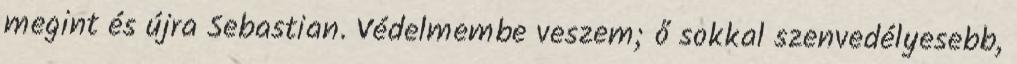
megint és újra Sebastian. Védelmembe veszem; ő sokkal szenvedélyesebb,